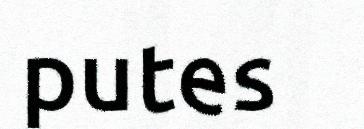
putes